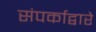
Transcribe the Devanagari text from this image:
संपर्काद्वारे